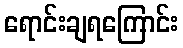
ရောင်းချရကြောင်း